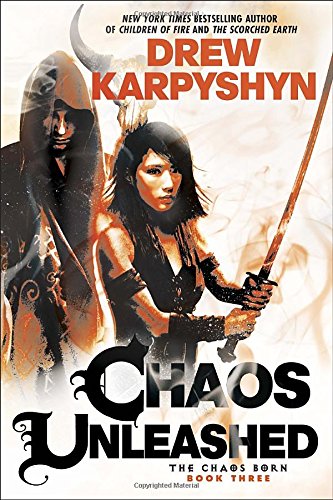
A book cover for Chaos Unleashed (The Chaos Born); Drew Karpyshyn; Science Fiction & Fantasy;